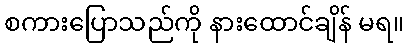
စကားပြောသည်ကို နားထောင်ချိန် မရ။